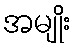
အမျိုး